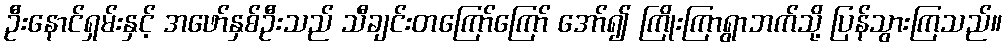
ဦးနောင်ရှမ်းနှင့် အဖော်နှစ်ဦးသည် သီချင်းတကြော်ကြော် အော်၍ ကြိုးကြာရွာဘက်သို့ ပြန်သွားကြသည်။